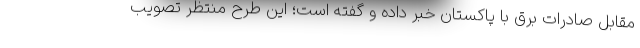
مقابل صادرات برق با پاکستان خبر داده و گفته است؛ این طرح منتظر تصویب